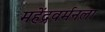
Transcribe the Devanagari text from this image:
महेंद्रवर्मनला